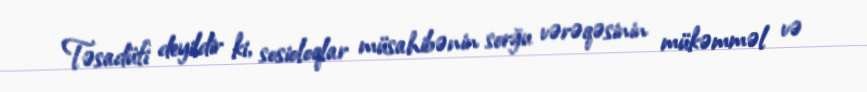
Təsadüfi deyildir ki, sosioloqlar müsahibənin sorğu vərəqəsinin mükəmməl və